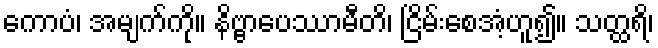
ကောပံ၊ အမျက်ကို။ နိဗ္ဗာပေဿာမီတိ၊ ငြိမ်းစေအံ့ဟူ၍။ သတ္ထရိ၊